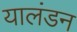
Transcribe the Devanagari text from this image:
यालंडन